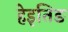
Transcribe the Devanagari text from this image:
हेइतिङ